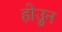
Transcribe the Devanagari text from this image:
होउुन